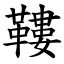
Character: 鞻